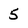
Character: 5